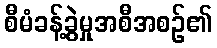
စီမံခန့်ခွဲမှုအစီအစဉ်၏